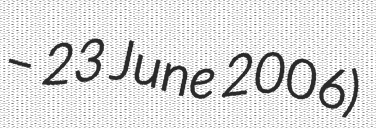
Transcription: – 23 June 2006)